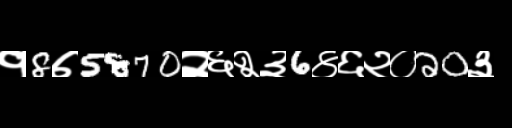
Text: १8७5870२६२३6४६२०20३